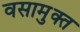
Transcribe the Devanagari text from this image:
वसामुक्त